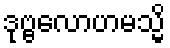
ဒုဗ္ဗလောဟမသ္မိ